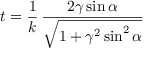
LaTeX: t = { \frac { 1 } { k } } \, \frac { 2 \gamma \sin \alpha } { \sqrt { 1 + \gamma ^ { 2 } \sin ^ { 2 } \alpha } }